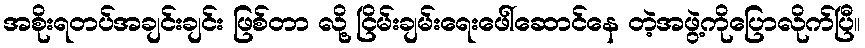
အစိုးရတပ်အချင်းချင်း ဖြစ်တာ လို့ ငြိမ်းချမ်းရေးဖေါ်ဆောင်နေ တဲ့အဖွဲ့ကိုပြောလိုက်ပြီ။